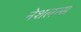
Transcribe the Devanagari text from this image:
नेशलन्स